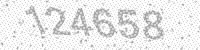
Solution: 124658